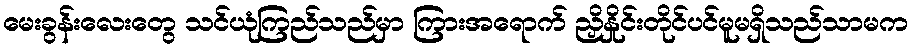
မေးခွန်းလေးတွေ သင်ယုံကြည်သည်မှာ ကြားအရောက် ညှိနှိုင်းတိုင်ပင်မူမရှိသည်သာမက